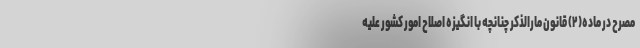
مصرح در ماده(۲) قانون مارالذکر چنانچه با انگیزه اصلاح امور کشور علیه